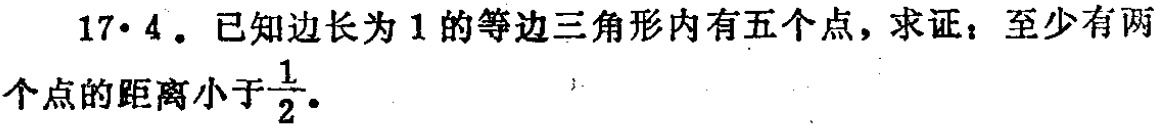
17·4. 已知边长为1的等边三角形内有五个点，求证：至少有两个点的距离小于$\frac{1}{2}$。